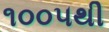
૧૦૦૫થી